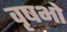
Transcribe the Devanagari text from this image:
वृषभो